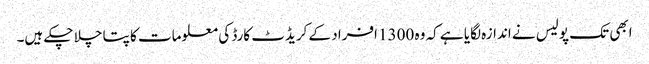
ابھی تک پولیس نے اندازہ لگایا ہے کہ وہ 1300 افراد کے کریڈٹ کارڈ کی معلومات کا پتا چلا چکے ہیں۔